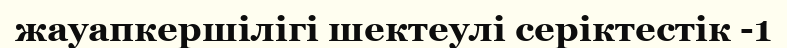
жауапкершілігі шектеулі серіктестік -1